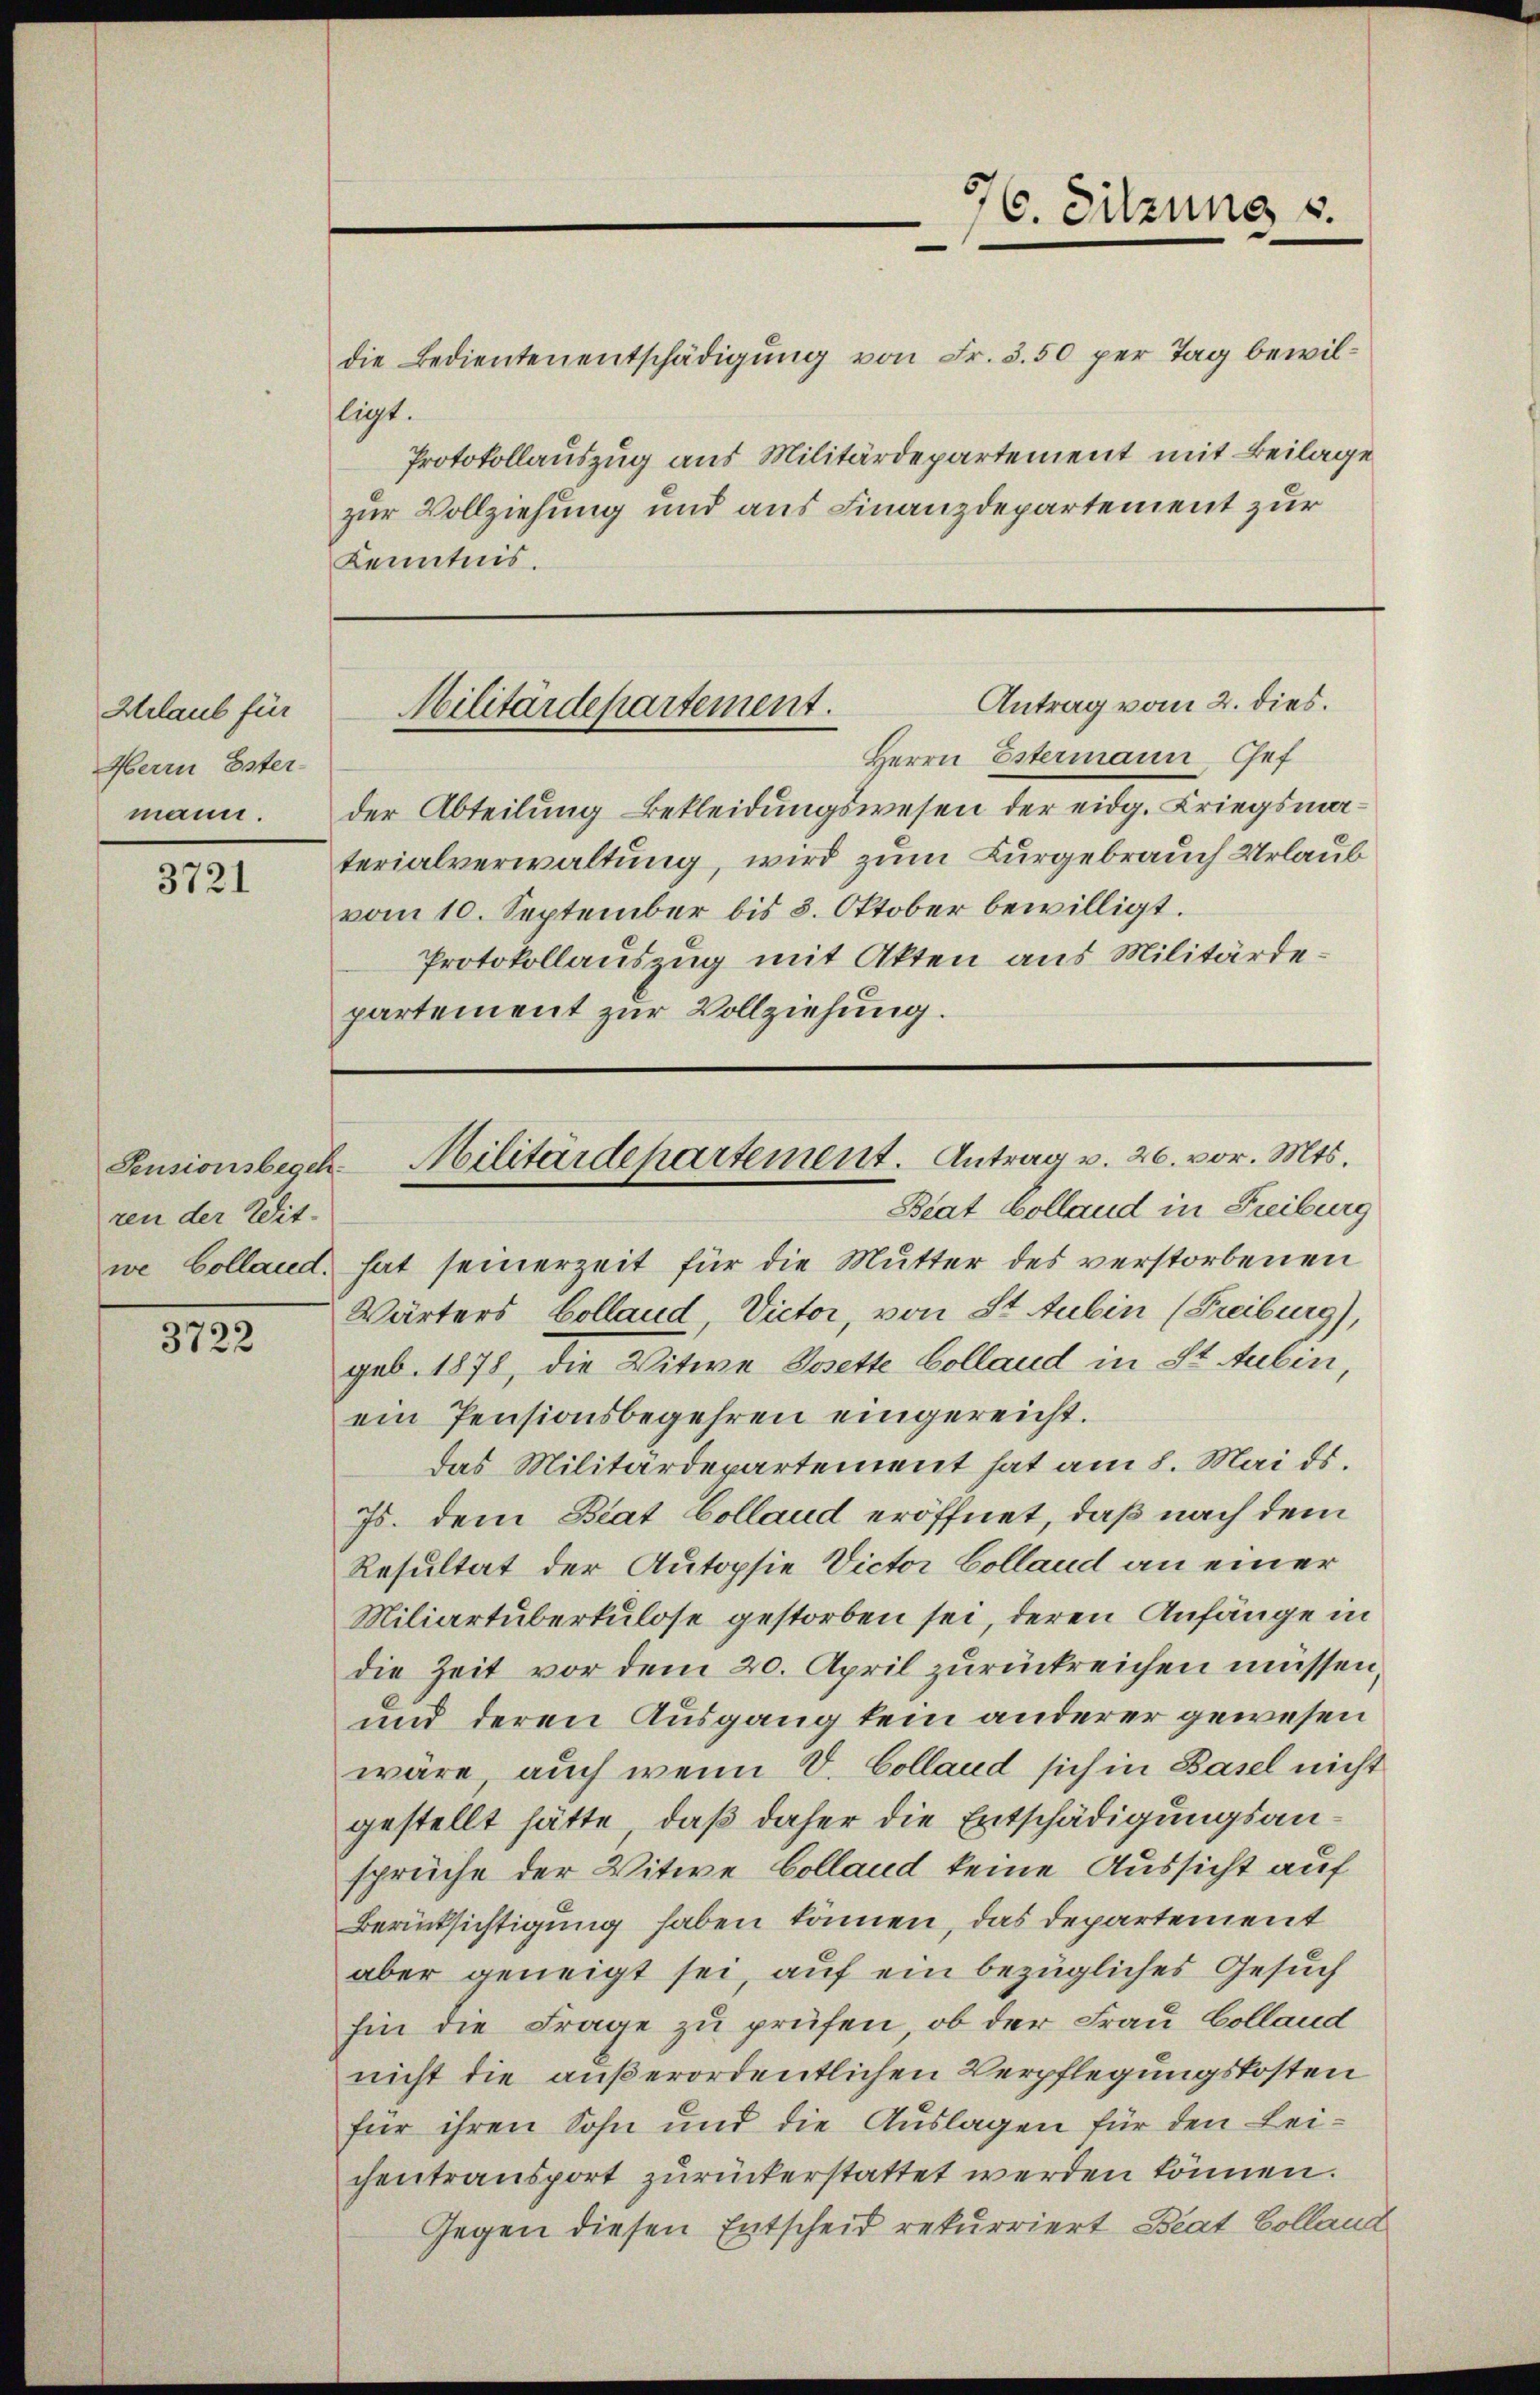
Urlaub für
Herrn Ester-
mann.

3721

Pensionsbegeh
ren der Wit-

3722

die Bedienten entschädigung von Fr. 3. 50 per Tag bewilligt.
Protokollauszug aus Militärdepartement mit Beilage
zur Vollziehung und aus Finanzdepartement zur
Kenntnis.

Herrn Estermann Gef
der Abteilung Bekleidungswesen der eidg. Kriegsmaterialverwaltung, wird zum Kurgebrauch Urlaub
vom 10. September bis 3. Oktober bewilligt.
Protokollauszug mit Akten aus Militärdepartement zur Vollziehung.

76. Sitzung u.

Antrag vom 2. dies.
Militärdepartement.

Militärdepartement. Antrag v. 26. vor. Mts.
Beat Colland in Freiburg

we Colland, hat seinerzeit für die Mutter des verstorbenen
Wärters Colland Victor, von St. Aubin (Freiburg),
geb. 1878, die Witwe Dosette Colland in St. Aubin
ein Pensionsbegehren eingereicht.
das Militärdepartement hat am 8. Mai ds.
Js. dem Beat Colland eröffnet, daß nach dem
Resultat der Autopsie Victor Colland an einer
Miliartuberkulose gestorben sei, deren Anfänge in
die Zeit vor dem 20. April zurückreichen müssen,
und deren Ausgang kein anderer gewesen
wäre, auch wenn V. Colland sich in Basel nicht
gestellt hätte, daß daher die Entschädigungsansprüche der Witwe Colland keine Aussicht auf
Berücksichtigung haben können, das Departement
aber geneigt sei, auf ein bezügliches Gesuch
hin die Frage zu prüfen, ob der Frau Colland
nicht die außerordentlichen Verpflegungskosten
für ihren Sohn und die Auslagen für den Leichentransport zurückerstattet werden können.
Gegen diesen Entscheid rekurriert Beat Colland